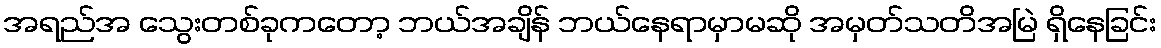
အရည်အ သွေးတစ်ခုကတော့ ဘယ်အချိန် ဘယ်နေရာမှာမဆို အမှတ်သတိအမြဲ ရှိနေခြင်း